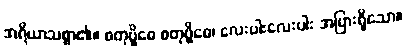
အရိယာသစ္စာ၏။ စတုဗ္ဗိဓေ စတုဗ္ဗိဓေ၊ လေးပါးလေးပါး အပြားရှိသော။